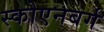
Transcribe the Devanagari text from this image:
स्कोएनबर्ग